Report on vaccination proceedings throughout the Government of Bengal -
Year: 1868
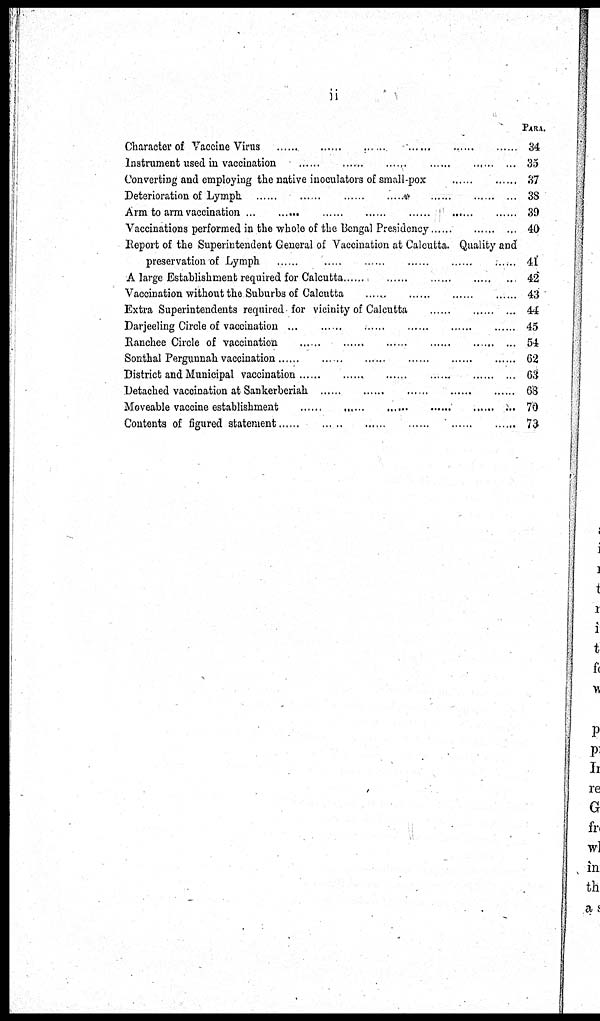
ii
Character of Vaccine Virus
......
......
......
......
......
......
Instrument used in vaccination
......
......
......
......
......
......
Converting and employing the native inoculators of small-pox
......
......
Deterioration of Lymph
......
......
......
......
......
......
...
Arm to arm vaccination
......
......
......
......
......
......
......
Vaccinations performed in the whole of the Bengal Presidency ...... ...... ...
Report of the Superintendent General of Vaccination at Calcutta. Quality and
preservation of Lymph
......
......
......
......
......
......
A large Establishment required for Calcutta ...... ...... ...... ...... ......
Vaccination without the Suburbs of Calcutta
......
......
......
......
Extra Superintendents required for vicinity of Calcutta
......
......
...
Darjeeling Circle of vaccination
......
......
......
......
......
......
Ranchee Circle of vaccination
......
......
......
......
......
...
Sonthal Pergunnah vaccination
......
......
......
......
......
......
District and Municipal vaccination
......
......
......
......
......
...
Detached vaccination at Sankerberiah
......
......
......
......
......
......
Moveable vaccine establishment
......
......
......
......
......
......
...
Contents of figured statement
......
......
......
......
......
......
PARA.
34
35
37
38
39
40
41
42
43
44
45
54
62
63
68
70
73